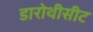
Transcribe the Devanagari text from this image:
डारोथीसीट